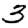
Digit: 3